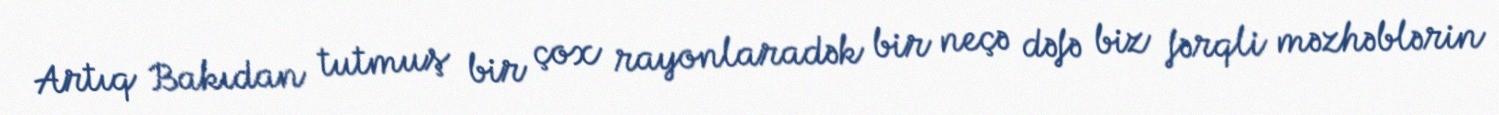
Artıq Bakıdan tutmuş bir çox rayonlaradək bir neçə dəfə biz fərqli məzhəblərin